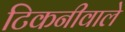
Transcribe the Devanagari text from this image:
टिकनीवाले